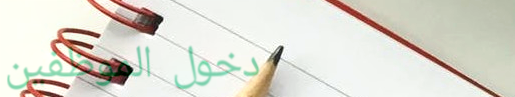
دخول الموظفين